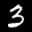
Label: 3